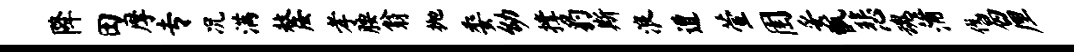
降田摩专况满嫠孝腰翁抛委幼撑豹斯浪遭萱圉妥甑悲魂蒲伐曷厘